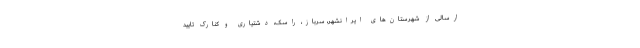
ارسالی از شهرستان‌های ایرانشهر، سرباز، راسک، دشتیاری و کنارک تایید